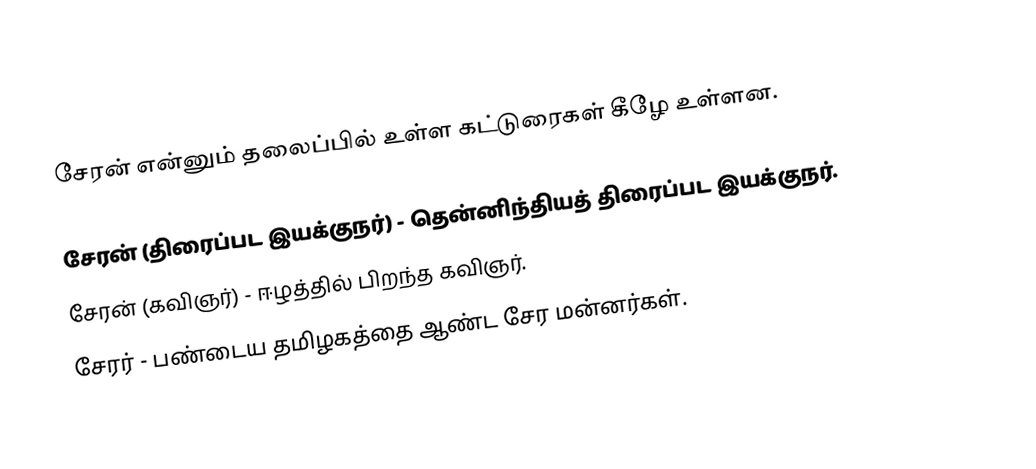
சேரன் என்னும் தலைப்பில் உள்ள கட்டுரைகள் கீழே உள்ளன.

 சேரன் (திரைப்பட இயக்குநர்) - தென்னிந்தியத் திரைப்பட இயக்குநர்.
 சேரன் (கவிஞர்) - ஈழத்தில் பிறந்த கவிஞர்.
 சேரர் - பண்டைய தமிழகத்தை ஆண்ட சேர மன்னர்கள்.